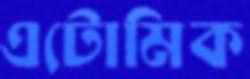
এটোমিক